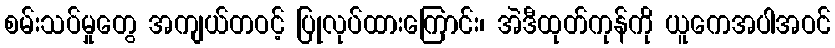
စမ်းသပ်မှုတွေ အကျယ်တဝင့် ပြုလုပ်ထားကြောင်း၊ အဲဒီထုတ်ကုန်ကို ယူကေအပါအဝင်